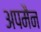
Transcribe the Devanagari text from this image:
अपमैन